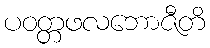
ပဝတ္တဖလဘောဇီတိ